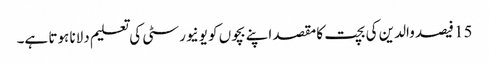
15 فیصد والدین کی بچت کا مقصد اپنے بچوں کو یونیورسٹی کی تعلیم دلانا ہوتا ہے۔